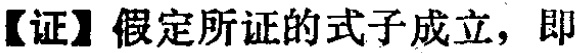
【证】假定所证的式子成立，即